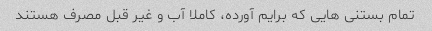
تمام بستنی هایی که برایم آورده، کاملا آب و غیر قبل مصرف هستند